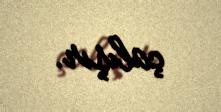
çalışır.